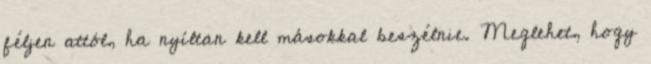
féljen attól, ha nyíltan kell másokkal beszélnie. Meglehet, hogy